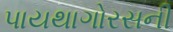
પાયથાગોરસની